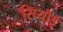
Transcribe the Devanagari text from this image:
सियोई